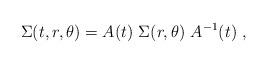
LaTeX: \begin{align*}\Sigma(t, r, \theta) = A(t) \ \Sigma(r,\theta)\ A^{-1} (t) \ ,\end{align*}